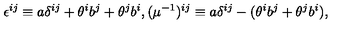
\epsilon ^ { i j } \equiv a \delta ^ { i j } + \theta ^ { i } b ^ { j } + \theta ^ { j } b ^ { i } , ( \mu ^ { - 1 } ) ^ { i j } \equiv a \delta ^ { i j } - ( \theta ^ { i } b ^ { j } + \theta ^ { j } b ^ { i } ) ,